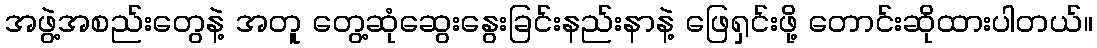
အဖွဲ့အစည်းတွေနဲ့ အတူ တွေ့ဆုံဆွေးနွေးခြင်းနည်းနာနဲ့ ဖြေရှင်းဖို့ တောင်းဆိုထားပါတယ်။